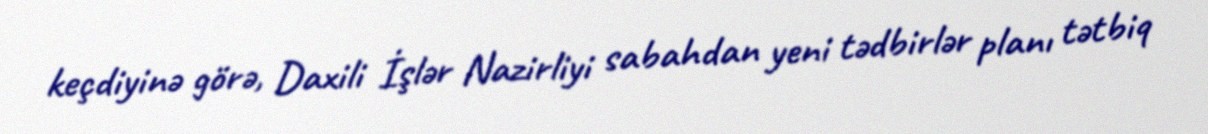
keçdiyinə görə, Daxili İşlər Nazirliyi sabahdan yeni tədbirlər planı tətbiq